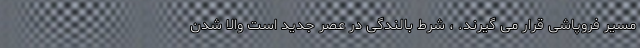
مسیر فروپاشی قرار می گیرند. ، شرط بالندگی در عصر جدید است والّا شدن